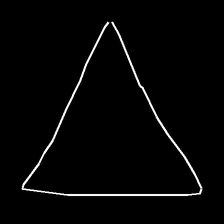
Glyph: convergence